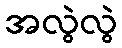
အလွဲလွဲ